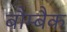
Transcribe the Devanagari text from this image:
बौम्बैक